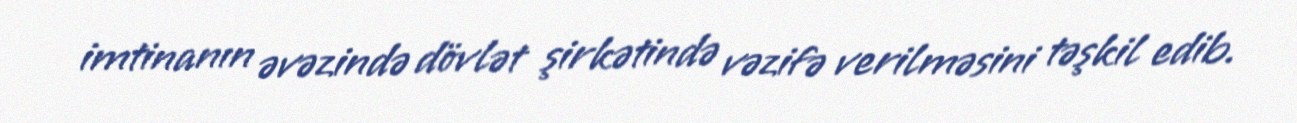
imtinanın əvəzində dövlət şirkətində vəzifə verilməsini təşkil edib.